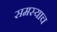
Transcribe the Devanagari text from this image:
समस्याच